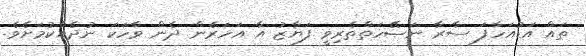
ތައް އަޑުއަހާފަ ސާރާ ނަޞޭހަތްތެރިވީ ފަޔާޒު އާ އަހަރެން ދެން ވާހަކަ ނުދެއްކުމަށެވެ.